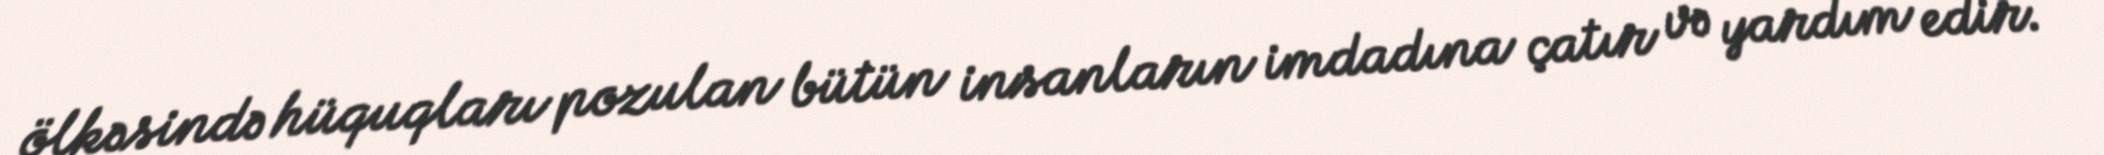
ölkəsində hüquqları pozulan bütün insanların imdadına çatır və yardım edir.